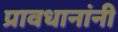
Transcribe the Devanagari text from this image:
प्रावधानांनी